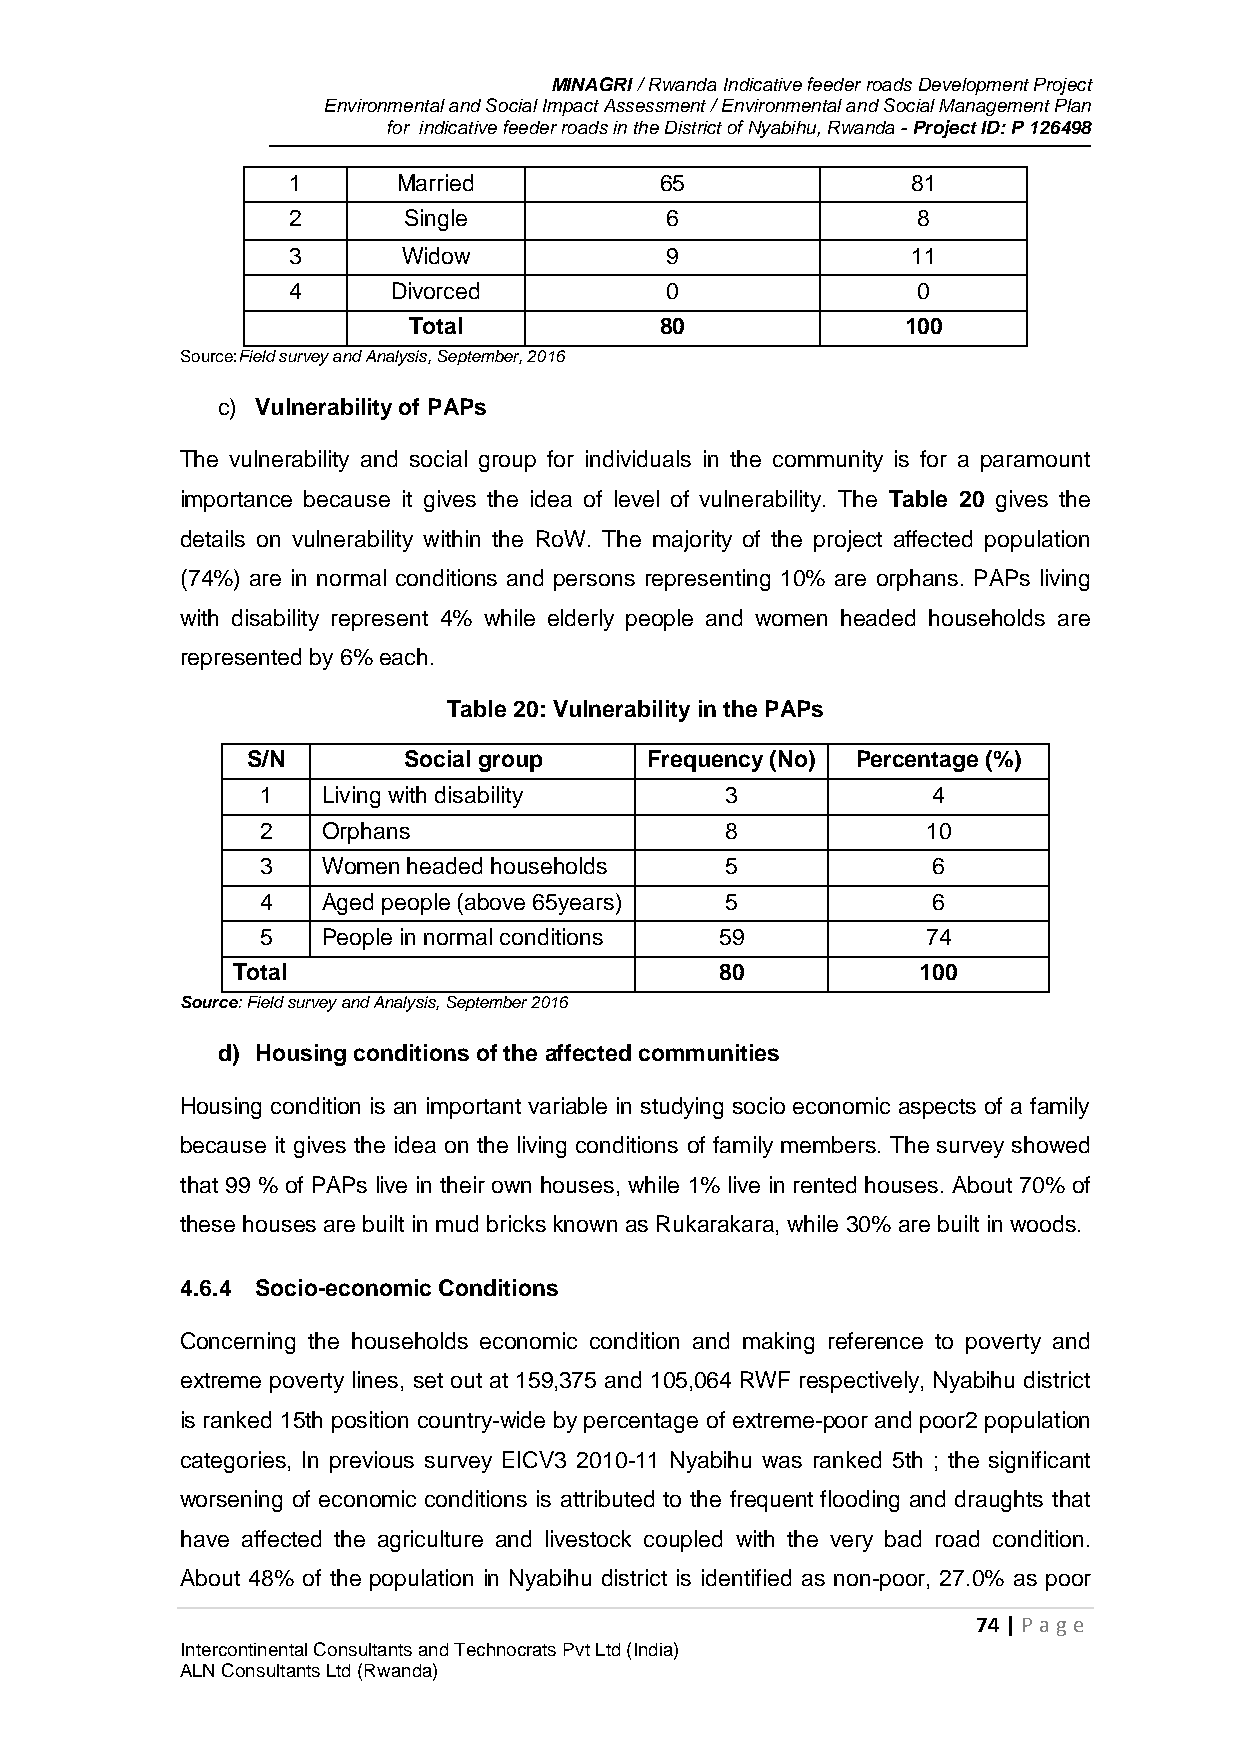
MINAGRI / Rwanda Indicative feeder roads Development Project
 Environmental and Social Impact Assessment / Environmental and Social Management Plan
 for indicative feeder roads in the District of Nyabihu, Rwanda - Project ID: P 126498
 1      Married           65              81
 2       Single           6                8
 3       Widow            9               11
 4      Divorced          0                0
 Total            80              100
 Source:Field survey and Analysis, September, 2016
 c) Vulnerability of PAPs
 The vulnerability and social group for individuals in the community is for a paramount
 importance because it gives the idea of level of vulnerability. The Table 20 gives the
 details on vulnerability within the RoW. The majority of the project affected population
 (74%) are in normal conditions and persons representing 10% are orphans. PAPs living
 with disability represent 4% while elderly people and women headed households are
 represented by 6% each.
 Table 20: Vulnerability in the PAPs
 S/N        Social group    Frequency (No) Percentage (%)
 1   Living with disability     3             4
 2   Orphans                    8            10
 3   Women headed households    5             6
 4   Aged people (above 65years) 5            6
 5   People in normal conditions 59          74
 Total                            80           100
 Source: Field survey and Analysis, September 2016
 d) Housing conditions of the affected communities
 Housing condition is an important variable in studying socio economic aspects of a family
 because it gives the idea on the living conditions of family members. The survey showed
 that 99 % of PAPs live in their own houses, while 1% live in rented houses. About 70% of
 these houses are built in mud bricks known as Rukarakara, while 30% are built in woods.
 4.6.4 Socio-economic Conditions
 Concerning the households economic condition and making reference to poverty and
 extreme poverty lines, set out at 159,375 and 105,064 RWF respectively, Nyabihu district
 is ranked 15th position country-wide by percentage of extreme-poor and poor2 population
 categories, In previous survey EICV3 2010-11 Nyabihu was ranked 5th ; the significant
 worsening of economic conditions is attributed to the frequent flooding and draughts that
 have affected the agriculture and livestock coupled with the very bad road condition.
 About 48% of the population in Nyabihu district is identified as non-poor, 27.0% as poor
 74 | P age
 Intercontinental Consultants and Technocrats Pvt Ltd (India)
 ALN Consultants Ltd (Rwanda)